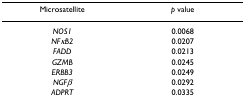
| Microsatellite | p value |
 | --- | --- |
 | NOS1 | 0.0068 |
 | NFκB2 | 0.0207 |
 | FADD | 0.0213 |
 | GZMB | 0.0245 |
 | ERBB3 | 0.0249 |
 | NGFβ | 0.0292 |
 | ADPRT | 0.0335 |